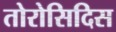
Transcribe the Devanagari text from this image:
तोरोसिदिस